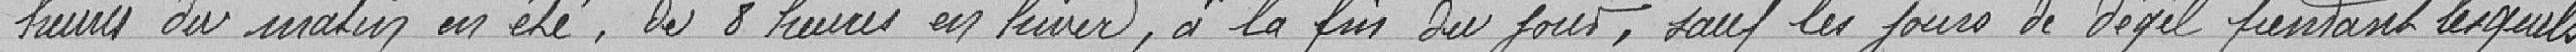
"heures du matin en été, de 8 heures en hiver, à la fin du jour, sauf les jours de dégel pendant lesquels